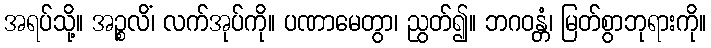
အရပ်သို့။ အဉ္စလိံ၊ လက်အုပ်ကို။ ပဏာမေတွာ၊ ညွတ်၍။ ဘဂဝန္တံ၊ မြတ်စွာဘုရားကို။